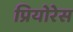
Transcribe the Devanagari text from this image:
प्रियोरेस